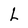
Character: L